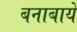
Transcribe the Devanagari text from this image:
बनाबाये